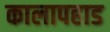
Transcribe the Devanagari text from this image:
कालापहाड